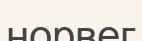
норвег